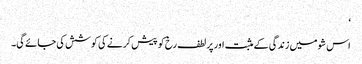
‘
اس شو میں زندگی کے مثبت اور پر لطف رخ کو پیش کرنے کی کوشش کی جائے گی۔